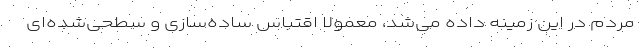
مردم در این زمینه داده می‌شد، معمولا اقتباس ساده‌سازی و سطحی‌شده‌ای